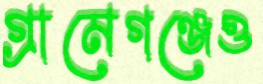
গ্রামেগঞ্জেও